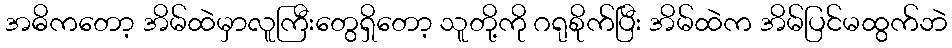
အဓိကတော့ အိမ်ထဲမှာလူကြီးတွေရှိတော့ သူတို့ကို ဂရုစိုက်ပြီး အိမ်ထဲက အိမ်ပြင်မထွက်ဘဲ